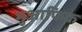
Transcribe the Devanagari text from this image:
मुआफिक